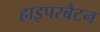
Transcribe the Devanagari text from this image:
हाइपरबैटन